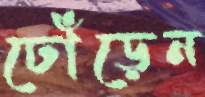
ঢোঁড়েন